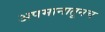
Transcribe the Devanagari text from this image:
अपमानातूनच